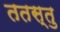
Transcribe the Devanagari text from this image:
ततस्तु